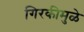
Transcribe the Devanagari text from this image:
गिरकीमुळे